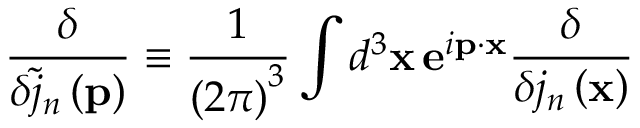
\frac \delta { \delta \tilde { j } _ { n } \left( \mathbf { p } \right) } \equiv \frac 1 { \left( 2 \pi \right) ^ { 3 } } \int d ^ { 3 } \mathbf { x \, e } ^ { i \mathbf { p \cdot x } } \frac \delta { \delta j _ { n } \left( \mathbf { x } \right) }